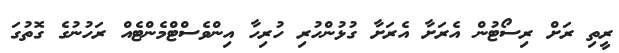
ރީތި ރަށް ރިސޯޓުން އެރަށާ އެރަށާ ގުޅުންހުރި ހުރިހާ އިންވެސްޓްމެންޓެއް ރަހުނުގެ ގޮތުގަ